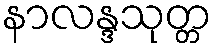
နာလန္ဒသုတ္တ